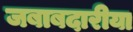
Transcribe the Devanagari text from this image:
जबाबदारीया